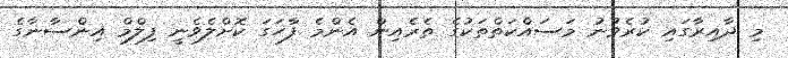
މި ދާއިރާގައި ކުރެވުނު މަސައްކަތްތަކުގެ ތެރެއިން އެންމެ ފާހަގަ ކޮށްލެވެނީ ފިލްމް އިންސާނާގެ